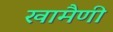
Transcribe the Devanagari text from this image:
खामैणी